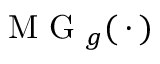
\mathrm { ~ M ~ G ~ } _ { g } ( \, \cdot \, )